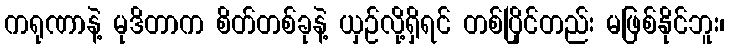
ကရုဏာနဲ့ မုဒိတာက စိတ်တစ်ခုနဲ့ ယှဉ်လို့ရှိရင် တစ်ပြိုင်တည်း မဖြစ်နိုင်ဘူး၊